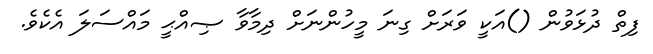
ފިތް ދުޅަވުން ()އަކީ ވަރަށް ގިނަ މީހުންނަށް ދިމާވާ ޞިއްޙީ މައްސަލަ އެކެވެ.